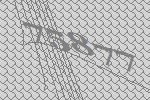
75877